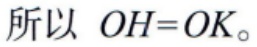
所以 \(OH = OK\)。